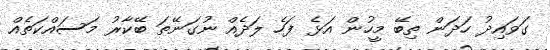
ގަވައިދު ހަދަން ތިބޭ މީހުން އަޅެ ފަހެ ލަދެއް ނުގަނޭތަ ބޭކާރު މަސައްކަތެއް